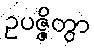
ဥပဇ္ဇိတွာ